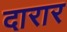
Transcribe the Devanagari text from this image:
दारार